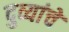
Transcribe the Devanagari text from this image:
दुव्यांचे